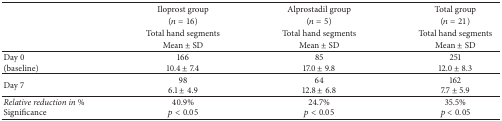
<table><thead><tr><td><b> </b></td><td><b>Iloprost group</b></td><td><b>Alprostadil group</b></td><td><b>Total group</b></td></tr><tr><td><b> </b></td><td><b>(<i>n</i> = 16)</b></td><td><b>(<i>n</i> = 5)</b></td><td><b>(<i>n</i> = 21)</b></td></tr><tr><td><b> </b></td><td><b>Total hand segments </b></td><td><b>Total hand segments </b></td><td><b>Total hand segments </b></td></tr><tr><td><b> </b></td><td><b>Mean ± SD</b></td><td><b>Mean ± SD</b></td><td><b>Mean ± SD</b></td></tr></thead><tbody><tr><td>Day 0(baseline)</td><td>16610.4 ± 7.4</td><td>8517.0 ± 9.8</td><td>25112.0 ± 8.3</td></tr><tr><td>Day 7</td><td>986.1 ± 4.9</td><td>6412.8 ± 6.8</td><td>1627.7 ± 5.9</td></tr><tr><td><i>Relative reduction in %</i>Significance</td><td>40.9%<i>p</i> &lt; 0.05</td><td>24.7%<i>p</i> &lt; 0.05</td><td>35.5%<i>p</i> &lt; 0.05</td></tr></tbody></table>